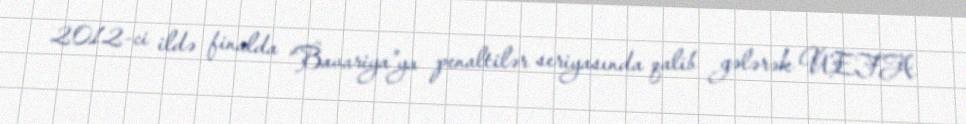
2012-ci ildə finalda “Bavariya”ya penaltilər seriyasında qalib gələrək UEFA